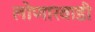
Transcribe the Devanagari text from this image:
लोणारवाडी